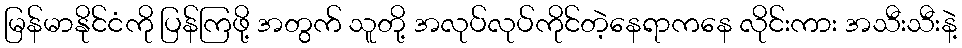
မြန်မာနိုင်ငံကို ပြန်ကြဖို့ အတွက် သူတို့ အလုပ်လုပ်ကိုင်တဲ့နေရာကနေ လိုင်းကား အသီးသီးနဲ့